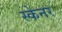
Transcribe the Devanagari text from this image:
स्‍केनर